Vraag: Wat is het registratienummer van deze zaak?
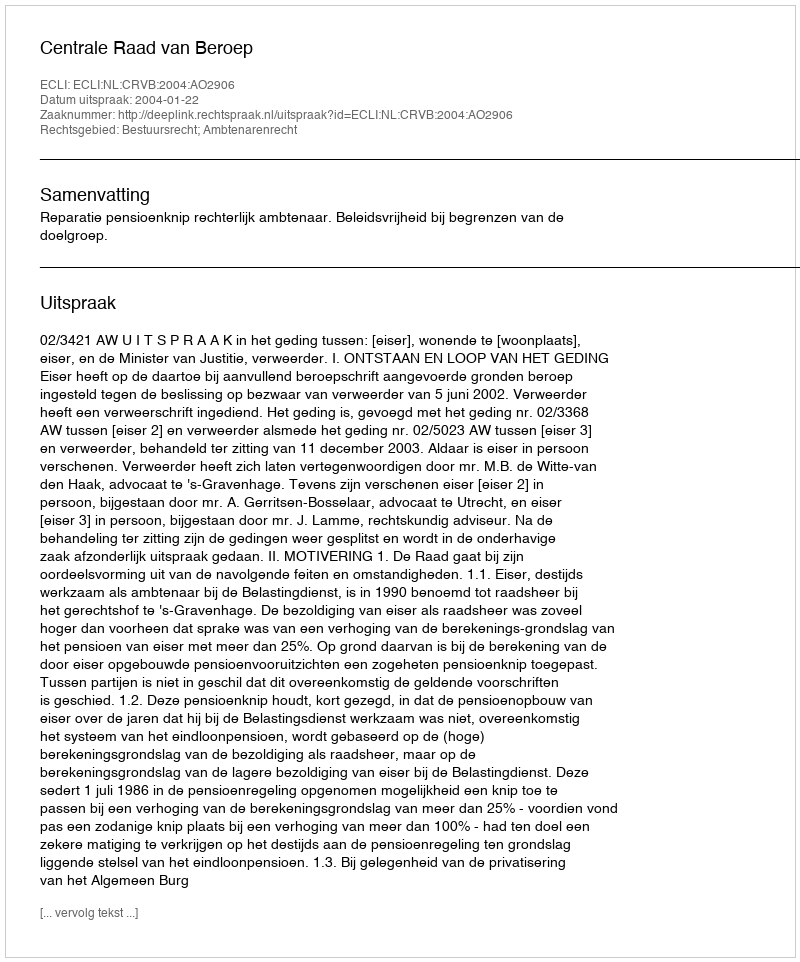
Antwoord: http://deeplink.rechtspraak.nl/uitspraak?id=ECLI:NL:CRVB:2004:AO2906